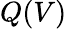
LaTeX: Q(V)